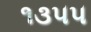
૧૩૫૫